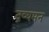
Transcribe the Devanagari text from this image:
द्रव्यमन